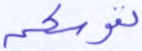
نفوسكم